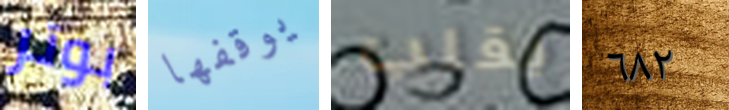
بوتر يوقفها يقلب ٦٨٢